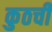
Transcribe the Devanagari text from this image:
कुठची